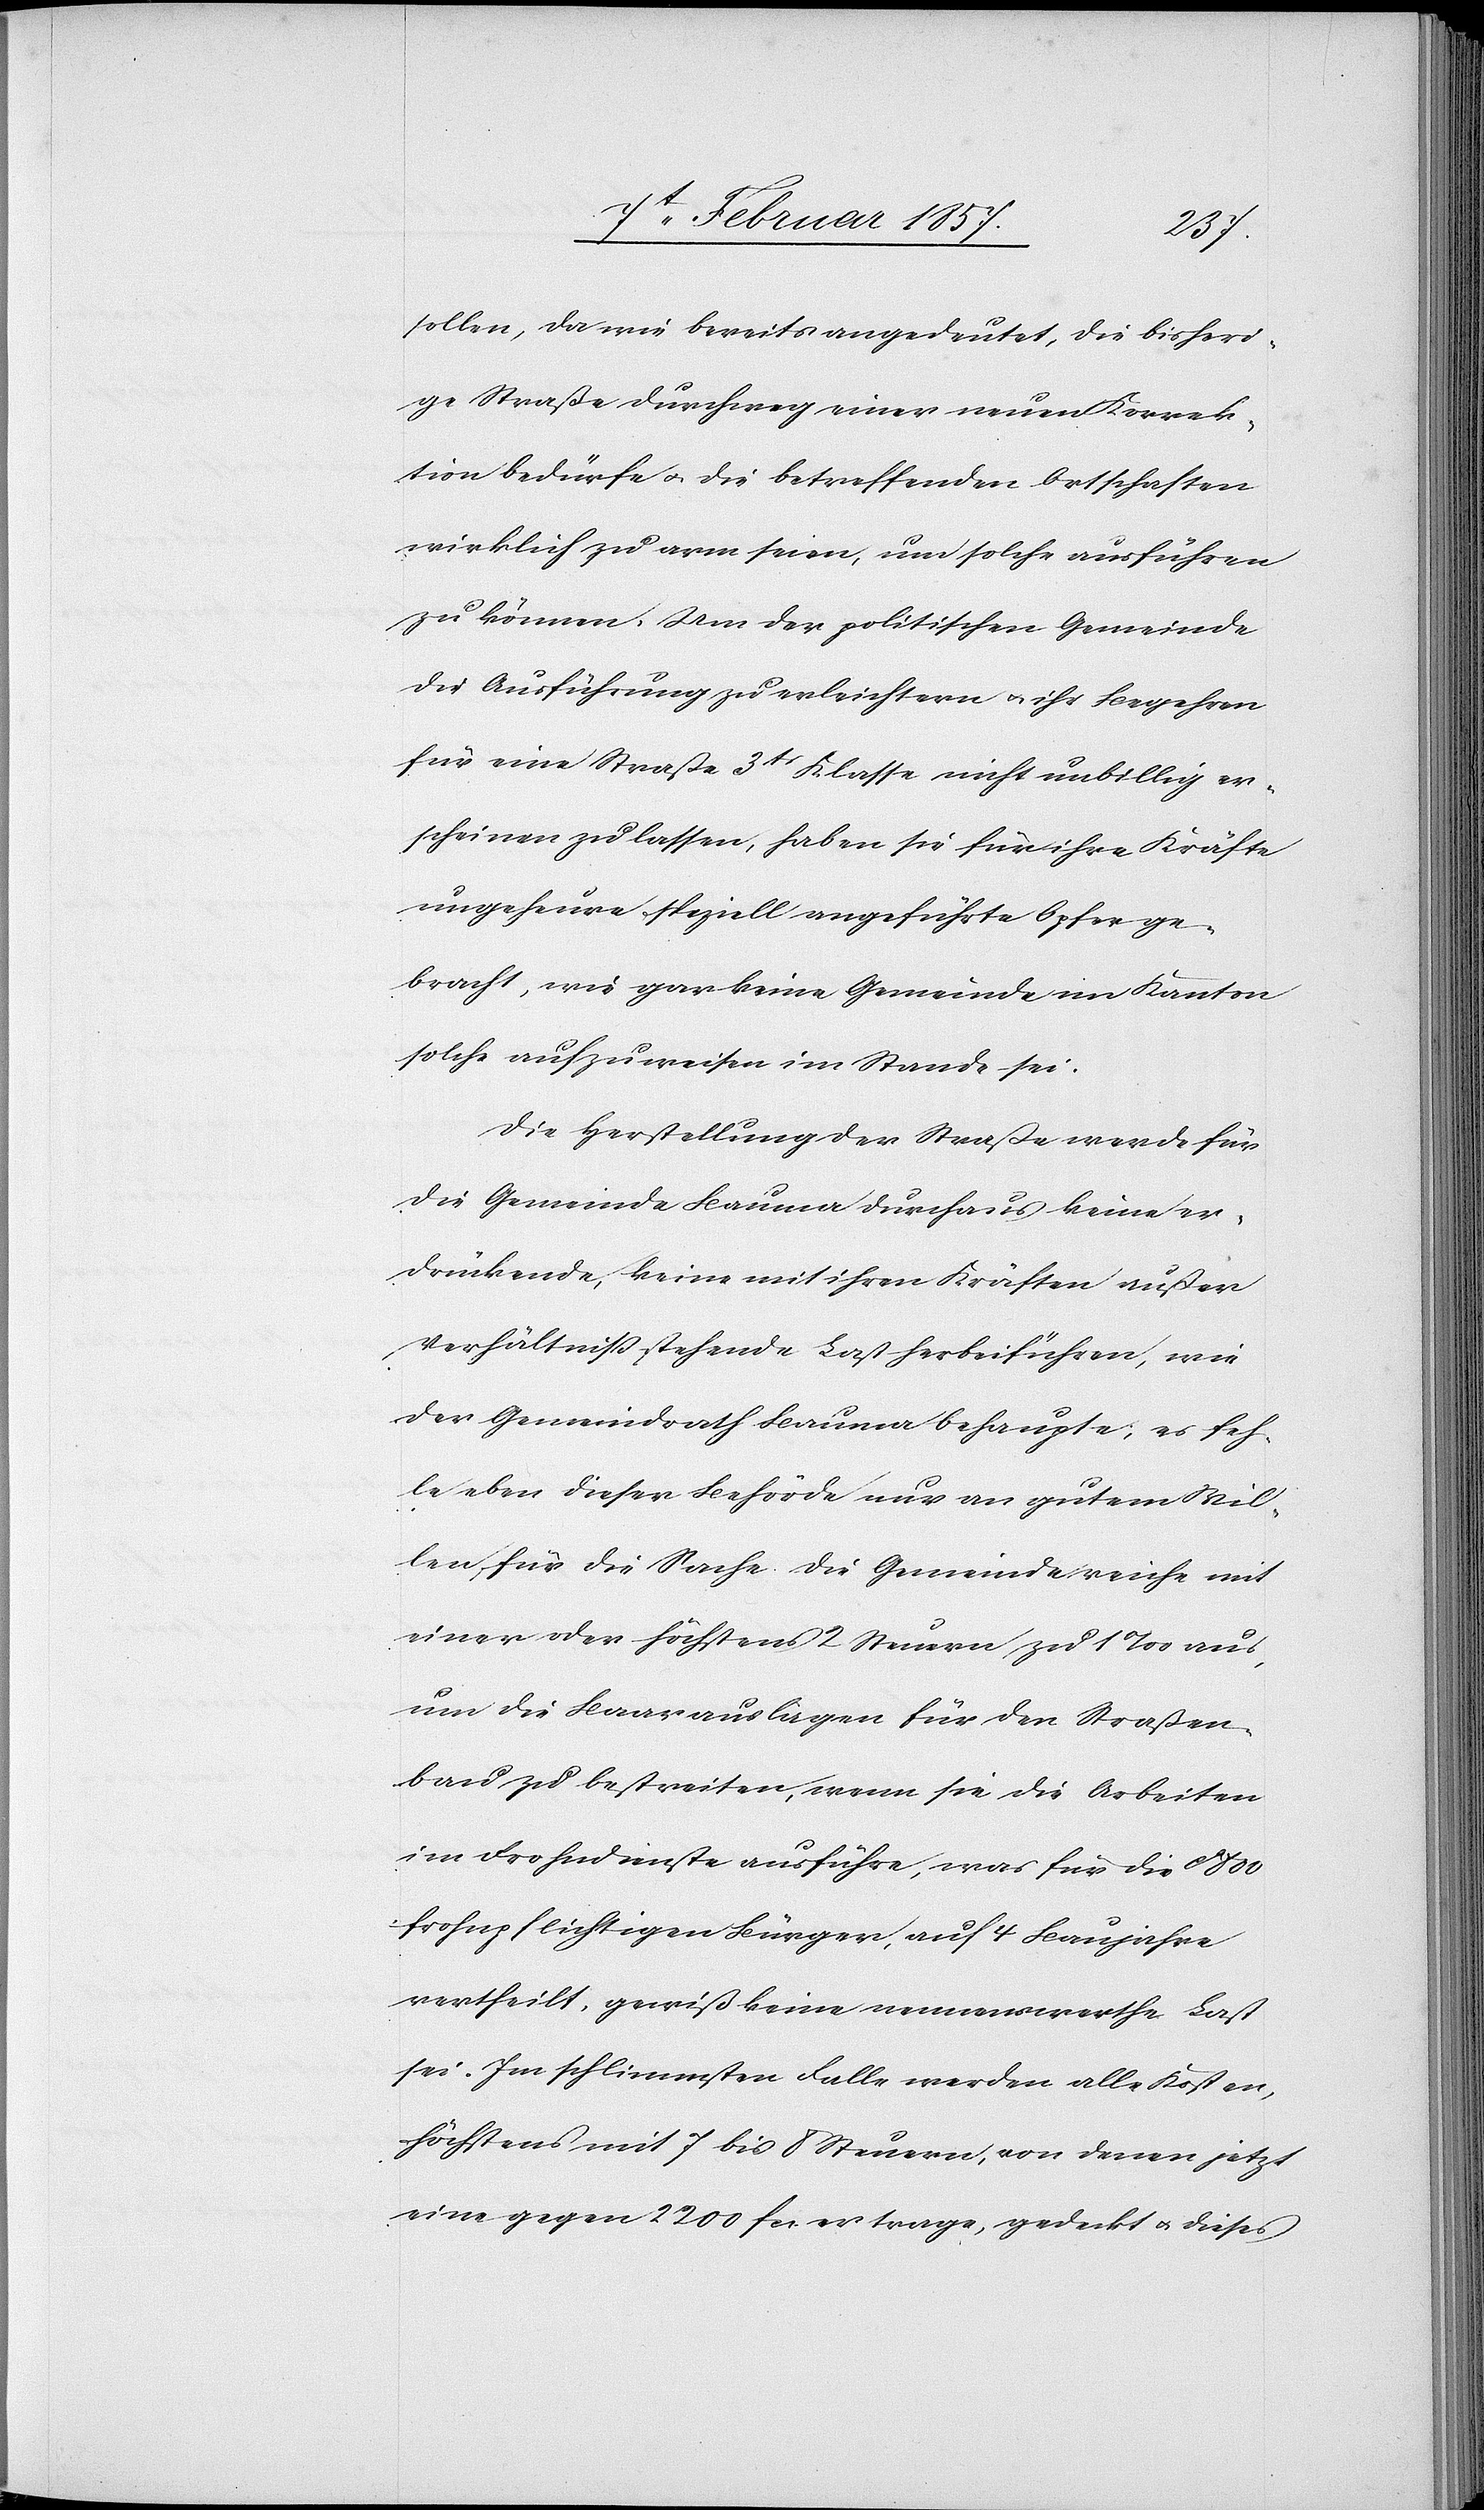
sollen, da wie bereits angedeutet, die bisheri¬
ge Straße durchweg einer neuen Korrek¬
tion bedürfe u. die betreffenden Ortschaften
wirklich zu arm seien, um solche ausführen
zu können. Um der politischen Gemeinde
die Ausführung zu erleichtern u. ihr Begehren
für eine Straße 3tr Klasse nicht unbillig er¬
scheinen zu lassen, haben sie für ihre Kräfte
ungeheure speziell angeführte Opfer ge¬
bracht, wie gar keine Gemeinde im Kanton
solche aufzuweisen im Stande sei.
Die Herstellung der Straße werde für
die Gemeinde Bauma durchaus keine er¬
drückende, keine mit ihren Kräften außer
Verhältniß stehende Last herbeiführen, wie
der Gemeindrath Bauma behaupte; es feh¬
le eben dieser Behörde nur an gutem Wil¬
len für die Sache. Die Gemeinde reiche mit
einer oder höchstens 2 Steuern zu 1 ‰ aus,
um die Baarauslagen für den Straßen¬
bau zu bestreiten, wenn sie die Arbeiten
im Frohndienste ausführe, was für die ca 800
frohnpflichtigen Bürger, auf 4 Baujahre
vertheilt, gewiß keine nennenswerthe Last
sei. Im schlimmsten Falle werden alle Kosten,
höchstens mit 7 bis 8 Steuern, von denen jetzt
eine gegen 2200 fc. er trage, gedeckt u. dieses